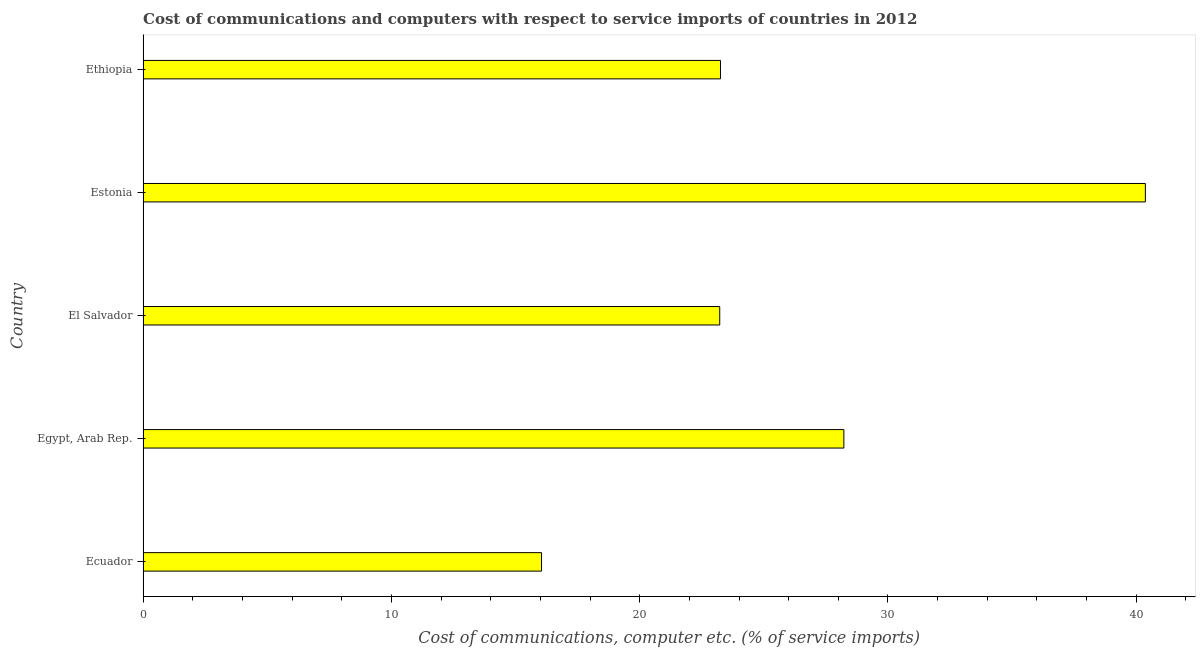
| Country | Communications |
 | --- | --- |
 | Ecuador | 16 |
 | Egypt, Arab Rep. | 28.2 |
 | El Salvador | 23.2 |
 | Estonia | 40.4 |
 | Ethiopia | 23.3 |